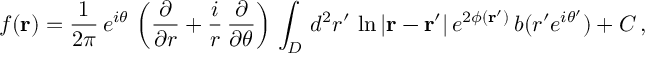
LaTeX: f ( { \bf r } ) = \frac { 1 } { 2 \pi } \, e ^ { i \theta } \, \left( \frac { \partial } { \partial r } + \frac { i } { r } \, \frac { \partial } { \partial \theta } \right) \, \int _ { D } \, d ^ { 2 } r ^ { \prime } \, \ln { | { \bf r - r ^ { \prime } } | } \, e ^ { 2 \phi ( { \bf r ^ { \prime } } ) } \, b ( r ^ { \prime } e ^ { i \theta ^ { \prime } } ) + C \, ,